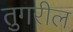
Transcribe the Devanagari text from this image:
तुगरील